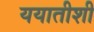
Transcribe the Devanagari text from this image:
ययातीशी